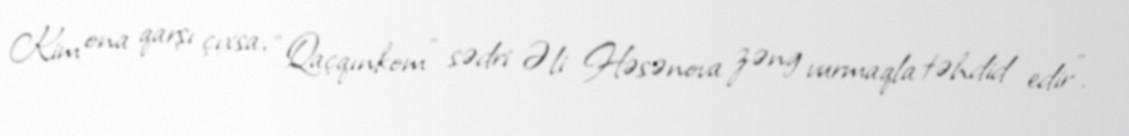
Kim ona qarşı çıxsa, “Qaçqınkom” sədri Əli Həsənova zəng vurmaqla təhdid edir".